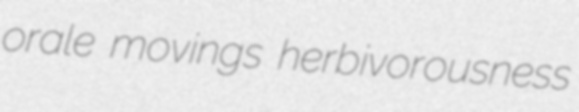
orale movings herbivorousness